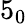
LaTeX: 5_{0}